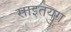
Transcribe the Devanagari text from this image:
साइतयुग